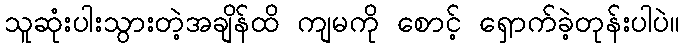
သူဆုံးပါးသွားတဲ့အချိန်ထိ ကျမကို စောင့် ရှောက်ခဲ့တုန်းပါပဲ။